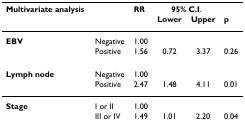
| Multivariate analysis |  | RR | <COLSPAN=2> 95% C.I. |  |
 |  |  |  | Lower | Upper | p |
 | --- | --- | --- | --- | --- | --- |
 | EBV | Negative | 1.00 |  |  |  |
 |  | Positive | 1.56 | 0.72 | 3.37 | 0.26 |
 | Lymph node | Negative | 1.00 |  |  |  |
 |  | Positive | 2.47 | 1.48 | 4.11 | 0.01 |
 | Stage | I or II | 1.00 |  |  |  |
 |  | III or IV | 1.49 | 1.01 | 2.20 | 0.04 |